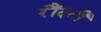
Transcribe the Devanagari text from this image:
रौंदती